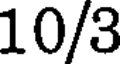
10/3